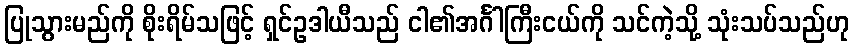
ပြုသွားမည်ကို စိုးရိမ်သဖြင့် ရှင်ဥဒါယီသည် ငါ၏အင်္ဂါကြီးငယ်ကို သင်ကဲ့သို့ သုံးသပ်သည်ဟု